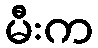
မီးက